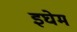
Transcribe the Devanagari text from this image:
इघेम